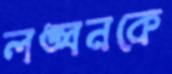
লঙ্ঘনকে